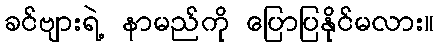
ခင်ဗျားရဲ့ နာမည်ကို ပြောပြနိုင်မလား။